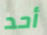
أحد